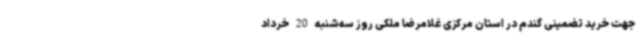
جهت خرید تضمینی گندم در استان مرکزی غلامرضا ملکی روز سه‌شنبه 20 خرداد